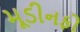
મૂડીનફો